Vaccination in Bombay 1924-1928 - 1924-1928
Year: 1924
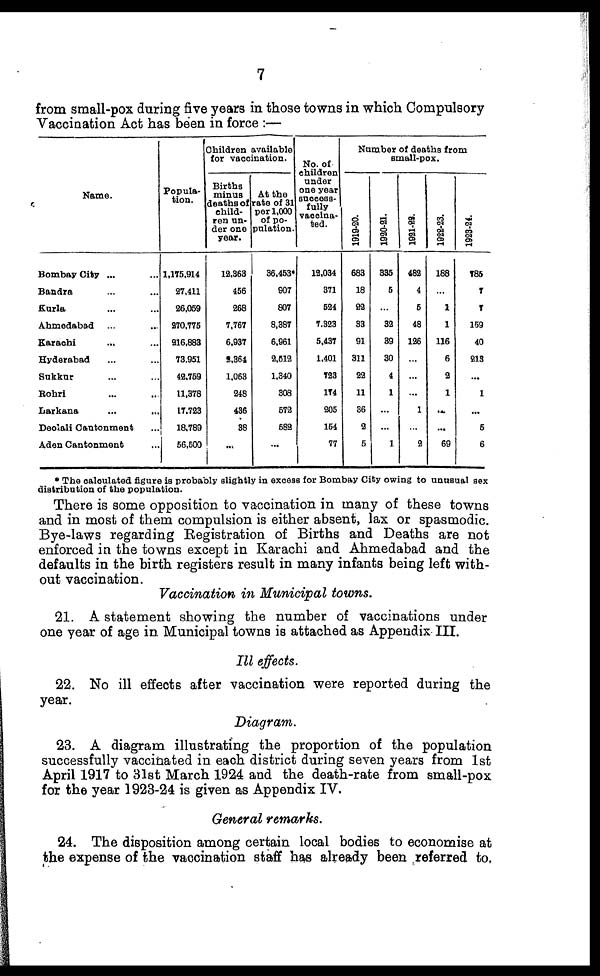
7
from small-pox during five years in those towns in which Compulsory
Vaccination Act has been in force :—
Name.
Bombay City ... ...
Bandra ... ...
Kurla ... ...
Ahmedabad ... ...
Karachi ... ...
Hyderabad ... ...
Sukkur ... ...
Rohri ... ...
Larkana ... ...
Deolali Cantonment ...
Aden Cantonment ...
Popula-
tion.
1,175,914
27,411
26,059
270,775
216,883
73,951
42,759
11,378
17,723
18,789
56,500
Children available
for vaccination.
Births
minus
deaths of
child-
ren un-
der one
year.
12,363
456
268
7,767
6,937
2,364
1,063
248
436
38
...
At the
rate of 31
per 1,000
of po-
pulation.
36,453*
907
807
8,387
6,961
2,512
1,340
308
572
582
...
No. of
children
under
one year
success-
fully
vaccina-
ted.
12,034
371
524
7,323
5,437
1,401
723
174
205
154
77
Number of deaths from
small-pox.
1919-20.
683
18
22
33
91
311
22
11
36
2
5
1920-21.
335
5
...
32
39
30
4
1
...
...
1
1921-22.
482
4
5
48
126
...
...
...
1
...
2
1922-23.
188
...
1
1
116
6
2
1
...
...
69
1923-24.
785
7
7
159
40
213
...
1
...
5
6
* The calculated figure is probably slightly in excess for Bombay City owing to unusual sex
distribution of the population.
There is some opposition to vaccination in many of these towns
and in most of them compulsion is either absent, lax or spasmodic.
Bye-laws regarding Registration of Births and Deaths are not
enforced in the towns except in Karachi and Ahmedabad and the
defaults in the birth registers result in many infants being left with-
out vaccination.
Vaccination in Municipal towns.
21. A statement showing the number of vaccinations under
one year of age in Municipal towns is attached as Appendix III.
Ill effects.
22. No ill effects after vaccination were reported during the
year.
Diagram.
23. A diagram illustrating the proportion of the population
successfully vaccinated in each district during seven years from 1st
April 1917 to 31st March 1924 and the death-rate from small-pox
for the year 1923-24 is given as Appendix IV.
General remarks.
24. The disposition among certain local bodies to economise at
the expense of the vaccination staff has already been referred to.